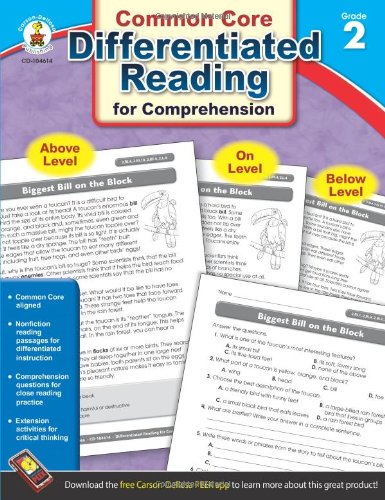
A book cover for Differentiated Reading for Comprehension, Grade 2; Reference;